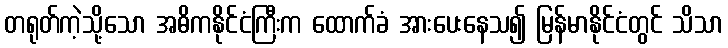
တရုတ်ကဲ့သို့သော အဓိကနိုင်ငံကြီးက ထောက်ခံ အားပေးနေသ၍ မြန်မာနိုင်ငံတွင် သိသာ